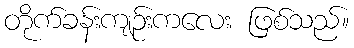
တိုက်ခန်းကျဉ်းကလေး ဖြစ်သည်။